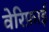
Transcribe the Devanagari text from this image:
वेरिफ़ाई